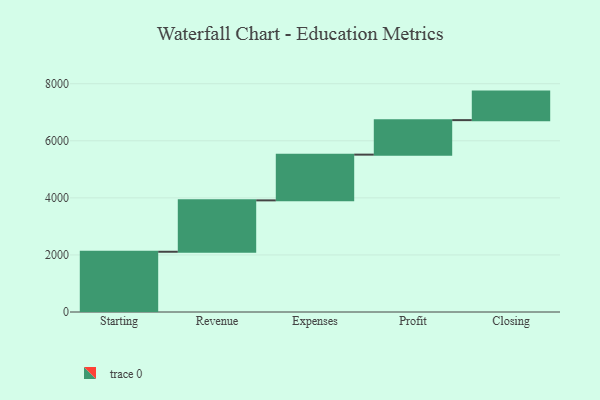
{"axis": {"x": "Step", "y": "Value"}, "legend": [""], "data": [{"x": "Starting", "y": 2111.0, "type": ""}, {"x": "Revenue", "y": 1801.0, "type": ""}, {"x": "Expenses", "y": 1603.0, "type": ""}, {"x": "Profit", "y": 1209.0, "type": ""}, {"x": "Closing", "y": 1000, "type": ""}]}